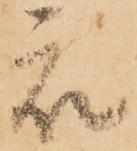
被